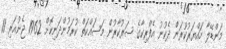
މަންޑޭލާ ހައްޔަރުކުރަން ދެކުނު އެފްރިކާގެ ސަރުކާރުން މަސައްކަތް ކުރަމުންދަނިކޮށް 1962 ޖެނުއަރި 11